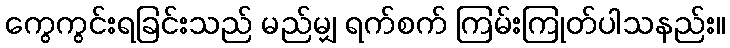
ကွေကွင်းရခြင်းသည် မည်မျှ ရက်စက် ကြမ်းကြုတ်ပါသနည်း။